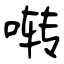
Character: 啭